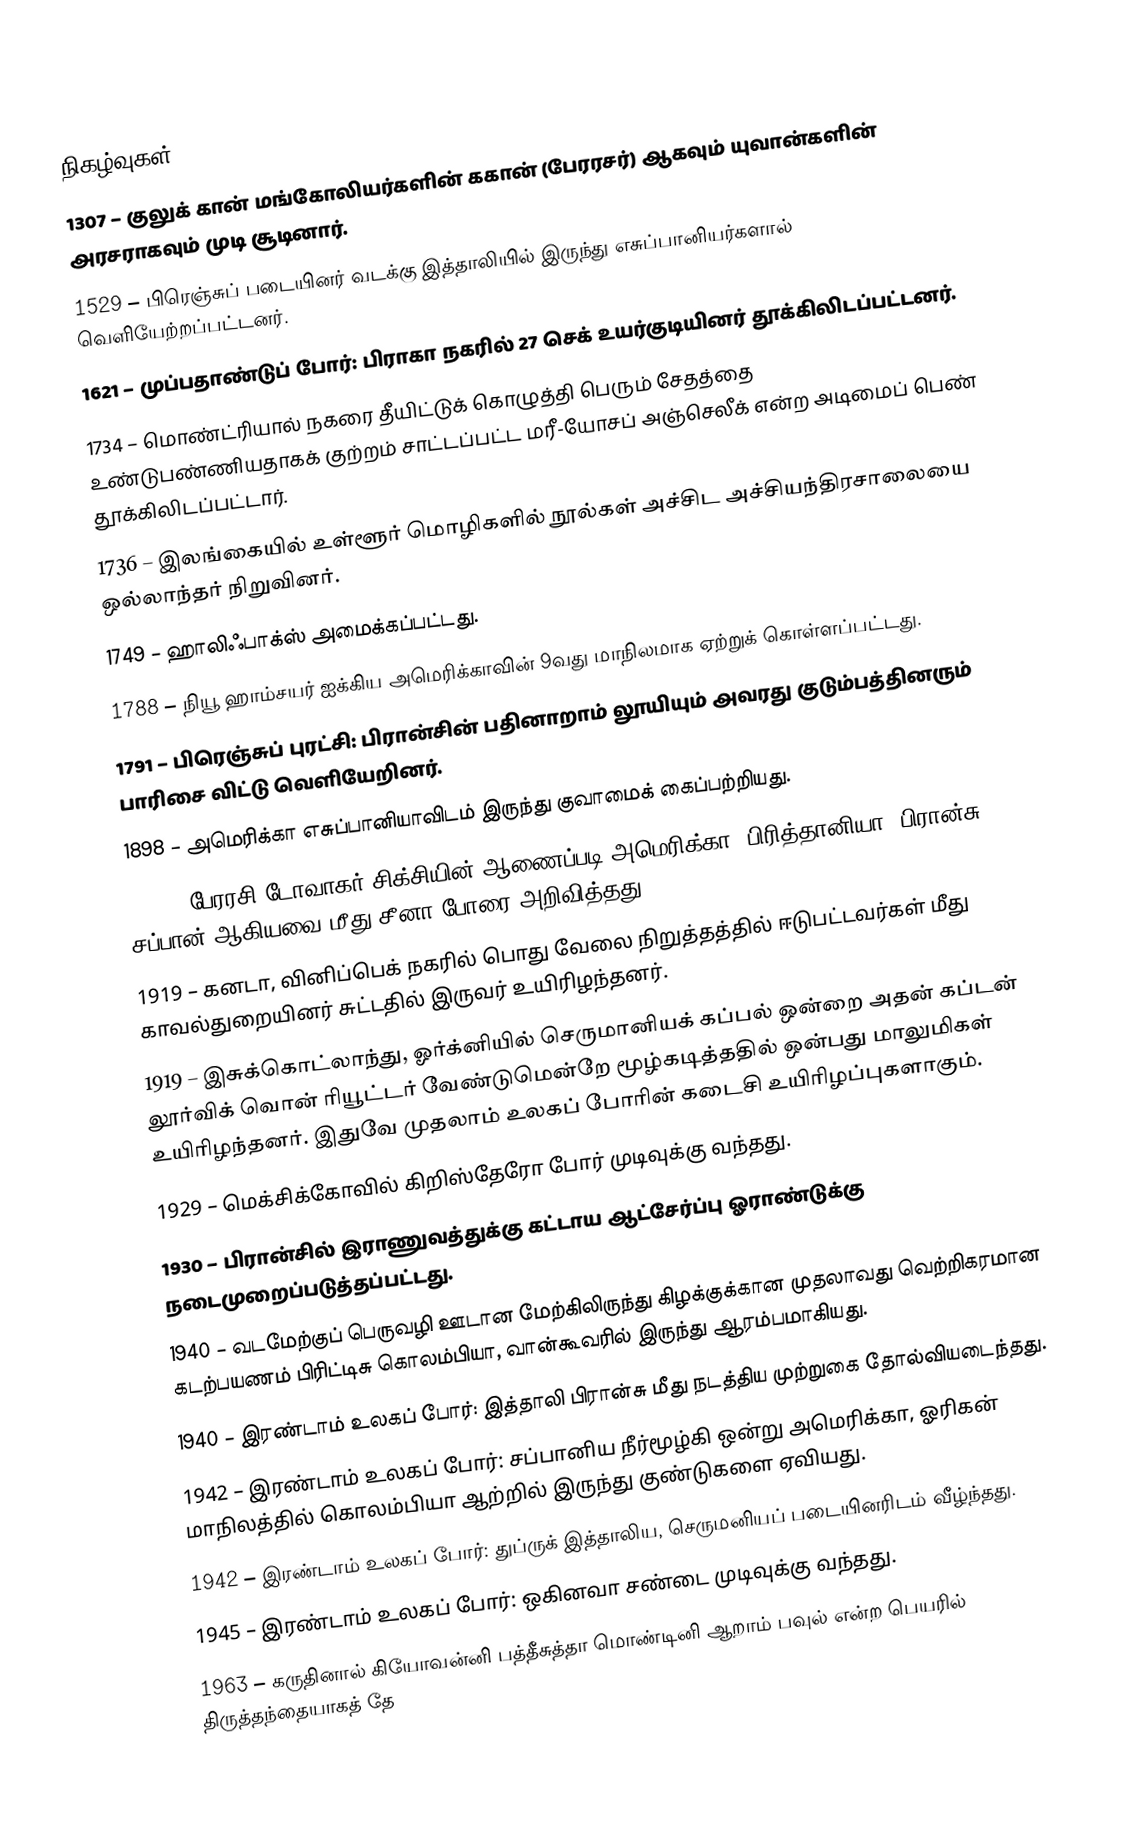

நிகழ்வுகள்
1307 – குலுக் கான் மங்கோலியர்களின் ககான் (பேரரசர்) ஆகவும் யுவான்களின் அரசராகவும் முடி சூடினார்.
1529 – பிரெஞ்சுப் படையினர் வடக்கு இத்தாலியில் இருந்து எசுப்பானியர்களால் வெளியேற்றப்பட்டனர்.
1621 – முப்பதாண்டுப் போர்: பிராகா நகரில் 27 செக் உயர்குடியினர் தூக்கிலிடப்பட்டனர்.
1734 – மொண்ட்ரியால் நகரை தீயிட்டுக் கொழுத்தி பெரும் சேதத்தை உண்டுபண்ணியதாகக் குற்றம் சாட்டப்பட்ட மரீ-யோசப் அஞ்செலீக் என்ற அடிமைப் பெண் தூக்கிலிடப்பட்டார்.
1736 – இலங்கையில் உள்ளூர் மொழிகளில் நூல்கள் அச்சிட அச்சியந்திரசாலையை ஒல்லாந்தர் நிறுவினர்.
1749 – ஹாலிஃபாக்ஸ் அமைக்கப்பட்டது.
1788 – நியூ ஹாம்சயர் ஐக்கிய அமெரிக்காவின் 9வது மாநிலமாக ஏற்றுக் கொள்ளப்பட்டது.
1791 – பிரெஞ்சுப் புரட்சி: பிரான்சின் பதினாறாம் லூயியும் அவரது குடும்பத்தினரும் பாரிசை விட்டு வெளியேறினர்.
1898 – அமெரிக்கா எசுப்பானியாவிடம் இருந்து குவாமைக் கைப்பற்றியது.
1900 – பேரரசி டோவாகர் சிக்சியின் ஆணைப்படி அமெரிக்கா, பிரித்தானியா, பிரான்சு, சப்பான் ஆகியவை மீது சீனா போரை அறிவித்தது.
1919 – கனடா, வினிப்பெக் நகரில் பொது வேலை நிறுத்தத்தில் ஈடுபட்டவர்கள் மீது காவல்துறையினர் சுட்டதில் இருவர் உயிரிழந்தனர்.
1919 – இசுக்கொட்லாந்து, ஓர்க்னியில் செருமானியக் கப்பல் ஒன்றை அதன் கப்டன் லூர்விக் வொன் ரியூட்டர் வேண்டுமென்றே மூழ்கடித்ததில் ஒன்பது மாலுமிகள் உயிரிழந்தனர். இதுவே முதலாம் உலகப் போரின் கடைசி உயிரிழப்புகளாகும்.
1929 – மெக்சிக்கோவில் கிறிஸ்தேரோ போர் முடிவுக்கு வந்தது.
1930 – பிரான்சில் இராணுவத்துக்கு கட்டாய ஆட்சேர்ப்பு ஓராண்டுக்கு நடைமுறைப்படுத்தப்பட்டது.
1940 – வடமேற்குப் பெருவழி ஊடான மேற்கிலிருந்து கிழக்குக்கான முதலாவது வெற்றிகரமான கடற்பயணம் பிரிட்டிசு கொலம்பியா, வான்கூவரில் இருந்து ஆரம்பமாகியது.
1940 – இரண்டாம் உலகப் போர்: இத்தாலி பிரான்சு மீது நடத்திய முற்றுகை தோல்வியடைந்தது.
1942 – இரண்டாம் உலகப் போர்: சப்பானிய நீர்மூழ்கி ஒன்று அமெரிக்கா, ஓரிகன் மாநிலத்தில் கொலம்பியா ஆற்றில் இருந்து குண்டுகளை ஏவியது.
1942 – இரண்டாம் உலகப் போர்: துப்ருக் இத்தாலிய, செருமனியப் படையினரிடம் வீழ்ந்தது.
1945 – இரண்டாம் உலகப் போர்: ஒகினவா சண்டை முடிவுக்கு வந்தது.
1963 – கருதினால் கியோவன்னி பத்தீசுத்தா மொண்டினி ஆறாம் பவுல் என்ற பெயரில் திருத்தந்தையாகத் தே